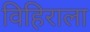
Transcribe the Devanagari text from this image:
विहिराला